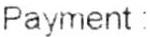
PAYMENT :